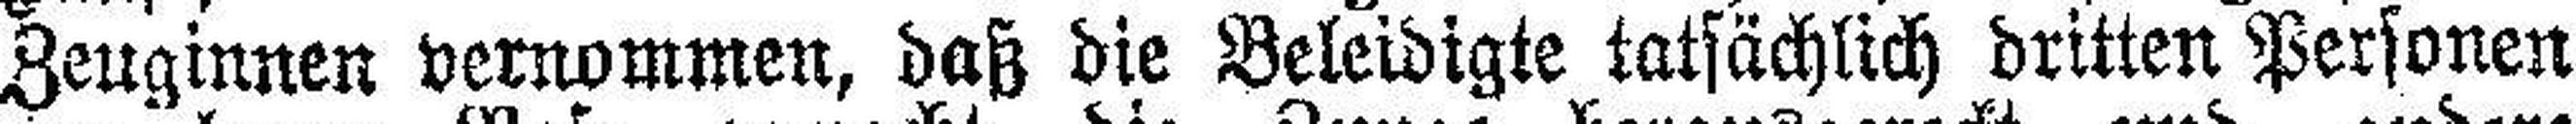
Zeuginnen vernommen, daß die Beleidigte tatsächlich dritten Personen